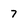
Character: 7